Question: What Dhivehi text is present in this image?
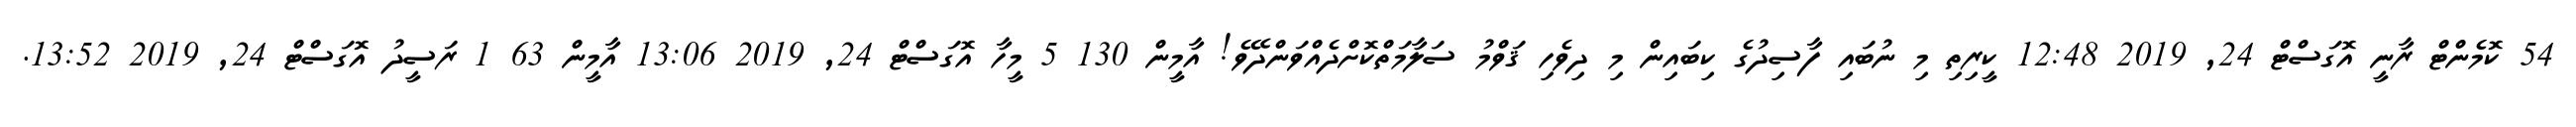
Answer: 54 ކޮމެންޓް ރާނީ އޮގަސްޓް 24, 2019 12:48 ކީރިތި މި ނުބައި ފާސިދުގެ ކިބައިން މި ދިވެހި ޤަވްމު ސަލާމަތްކޮށްދެއްވަންދޭވެ! އާމީން 130 5 މީހާ އޮގަސްޓް 24, 2019 13:06 އާމީން 63 1 ރަސީދު އޮގަސްޓް 24, 2019 13:52.